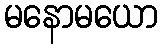
မနောမယော